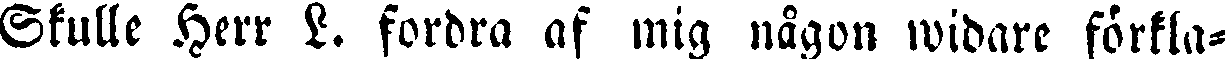
Skulle herr L. fordra af mig någon widare förkla-